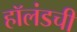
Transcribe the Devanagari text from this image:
हॉलंडची